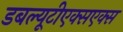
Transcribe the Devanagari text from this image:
डबल्यूटीएक्सएक्स